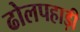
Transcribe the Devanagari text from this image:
ढोलपहाड़ी